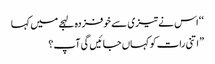
‘ ‘ اس نے تیزی سے خوفزدہ لہجے میں کہا
” اتنی رات کو کہاں جائیں گی آپ؟